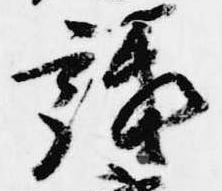
議